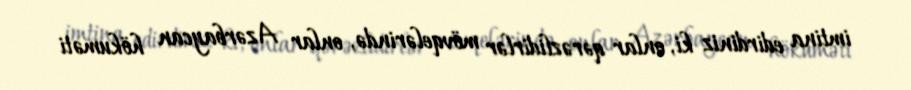
imtina edirdiniz ki, onlar qərəzlidirlər mövqelərində, onlar Azərbaycan hökuməti